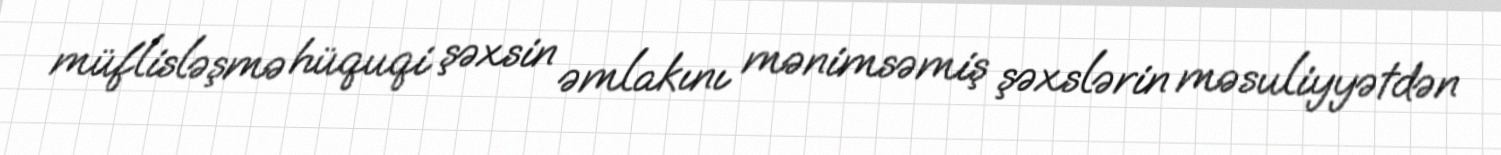
müflisləşmə hüquqi şəxsin əmlakını mənimsəmiş şəxslərin məsuliyyətdən